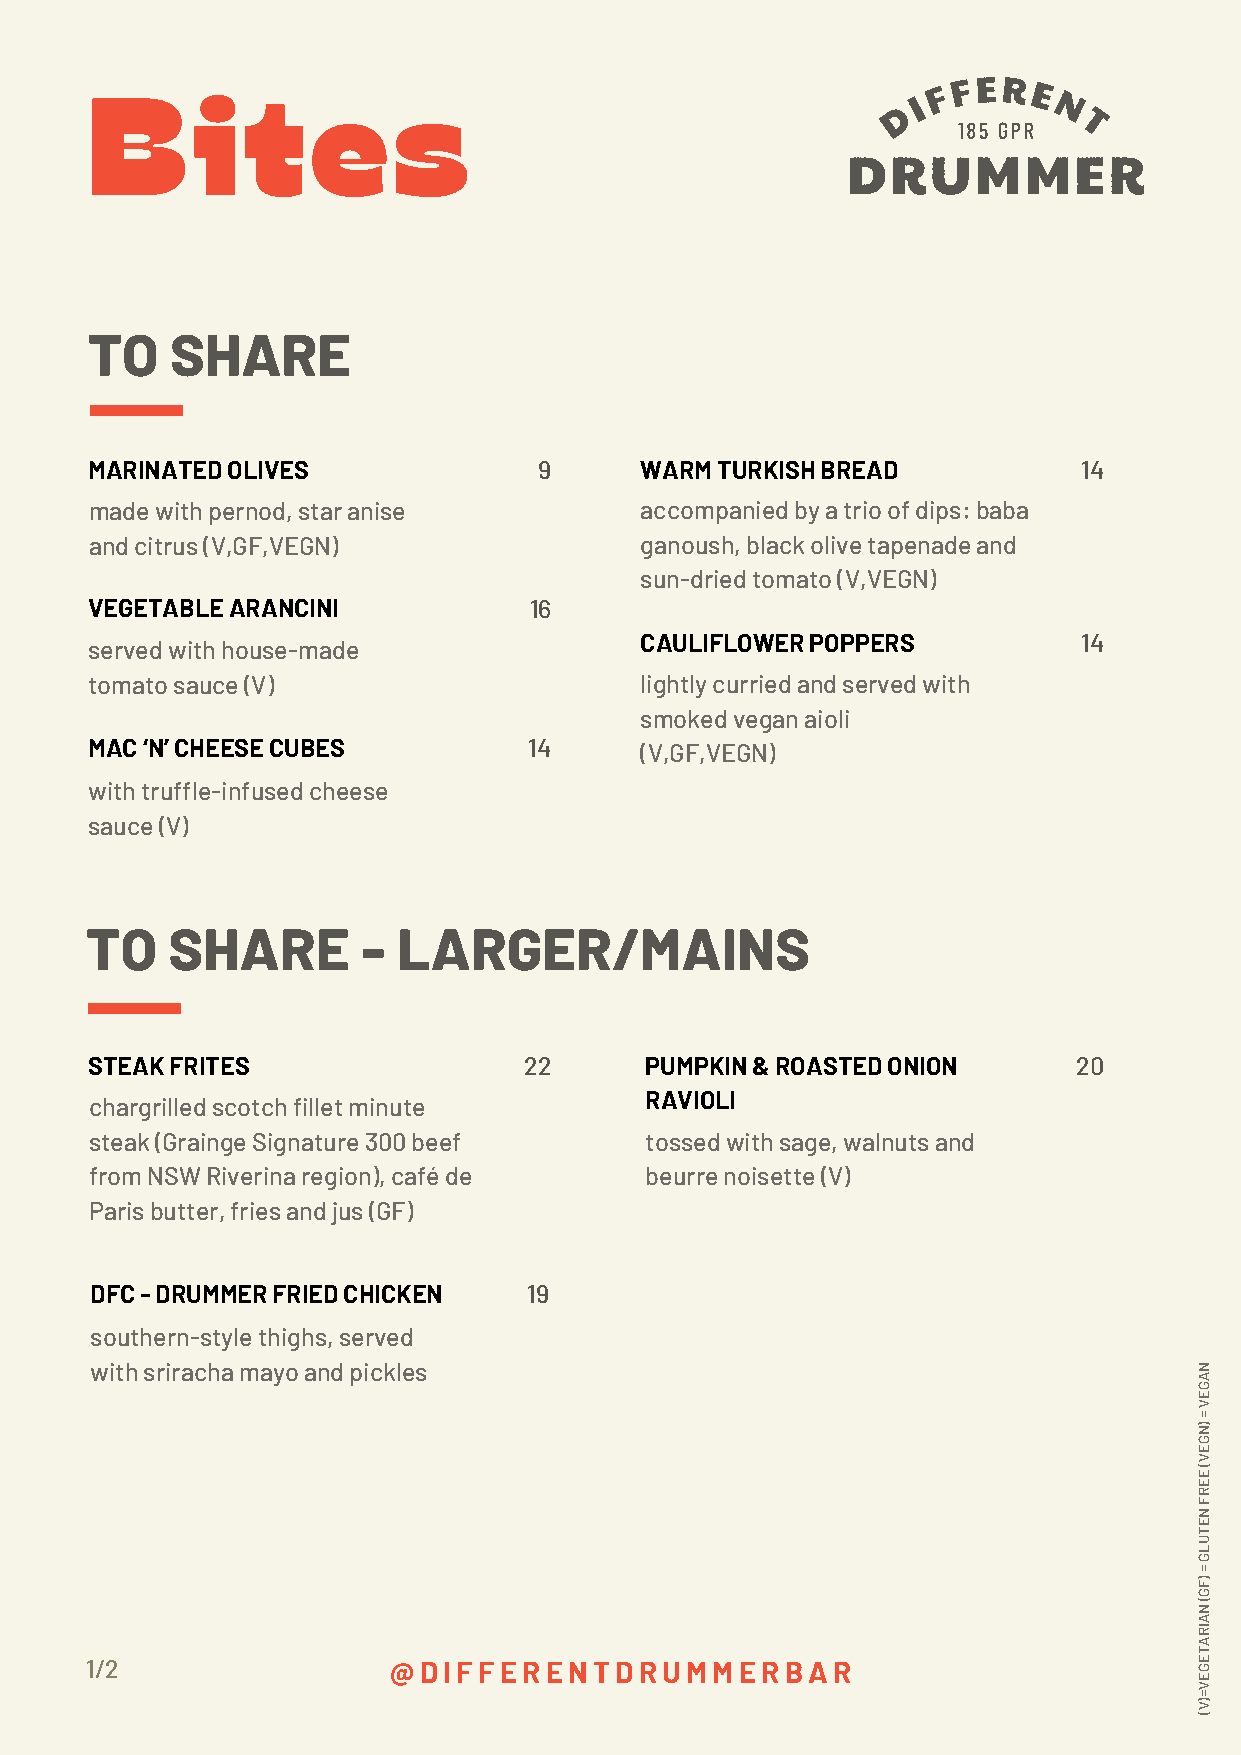
B      i  t    e    s
 TO   SHARE
 MARINATED OLIVES              9     WARM TURKISH BREAD            14
 made with pernod, star anise        accompanied by a trio of dips: baba
 and citrus (V,GF,VEGN)              ganoush, black olive tapenade and
 sun-dried tomato (V,VEGN)
 VEGETABLE ARANCINI           16
 CAULIFLOWER POPPERS           14
 served with house-made
 tomato sauce (V)                    lightly curried and served with
 smoked vegan aioli
 MAC ‘N’ CHEESE CUBES         14     (V,GF,VEGN)
 with truffle-infused cheese
 sauce (V)
 TO   SHARE        - LARGER/MAINS
 STEAK FRITES                 22      PUMPKIN & ROASTED ONION     20
 RAVIOLI
 chargrilled scotch fillet minute
 steak (Grainge Signature 300 beef    tossed with sage, walnuts and
 from NSW Riverina region), café de   beurre noisette (V)
 Paris butter, fries and jus (GF)
 DFC - DRUMMER FRIED CHICKEN  19
 southern-style thighs, served
 with sriracha mayo and pickles                                           N
 A
 G
 E
 V
 =
 N)
 G
 E
 V
 E
 (
 E
 R
 F
 N
 E
 T
 U
 L
 G
 =
 F)
 G
 N
 (
 A
 RI
 A
 T
 1/2                 @DIFFERENTDRUMMERBAR                                 GE
 E
 V
 =
 V)
 (